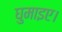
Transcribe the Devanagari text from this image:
घुमाइए।